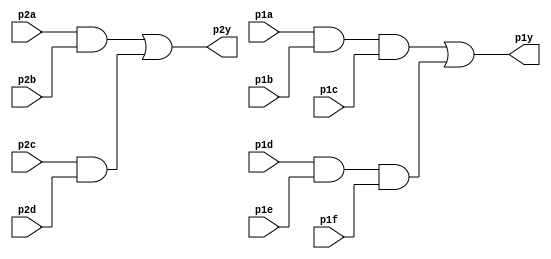
module top_module ( 
    input p1a, p1b, p1c, p1d, p1e, p1f,
    output p1y,
    input p2a, p2b, p2c, p2d,
    output p2y
);

    wire mid1_abc;
    wire mid1_def;
    wire mid2_ab;
    wire mid2_cd;
    
    assign mid1_abc = p1a & p1b & p1c;
    assign mid1_def = p1d & p1e & p1f;
    assign mid2_ab = p2a & p2b;
    assign mid2_cd = p2c & p2d;
    assign p1y = mid1_abc | mid1_def;
    assign p2y = mid2_ab | mid2_cd;

endmodule